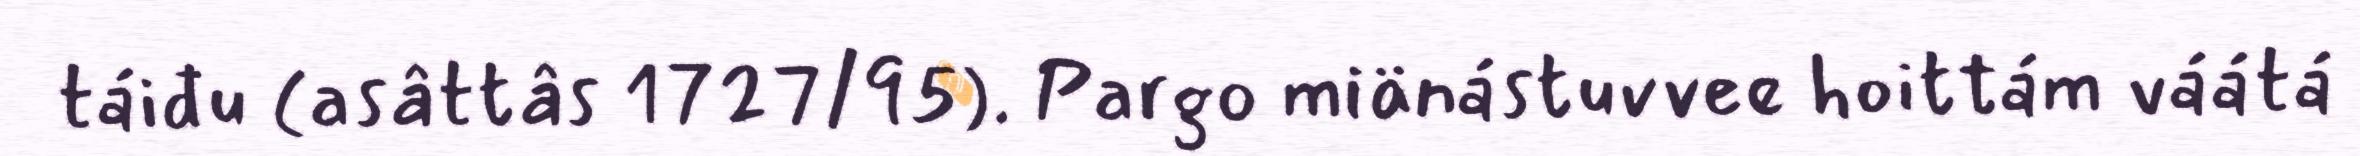
táiđu (asâttâs 1727/95). Pargo miänástuvvee hoittám váátá